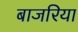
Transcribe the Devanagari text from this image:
बाजरिया